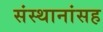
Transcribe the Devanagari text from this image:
संस्थानांसह